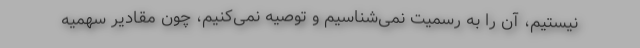
نیستیم، آن را به رسمیت نمی‌شناسیم و توصیه نمی‌کنیم، چون مقادیر سهمیه